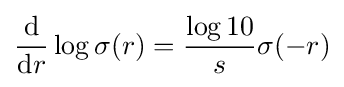
{\frac {\textrm {d}}{{\textrm {d}}r}}\log \sigma (r)={\frac {\log 10}{s}}\sigma (-r)